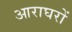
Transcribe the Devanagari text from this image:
आराघरों